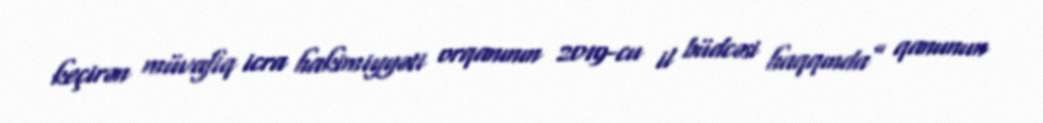
keçirən müvafiq icra hakimiyyəti orqanının 2019-cu il büdcəsi haqqında” qanunun